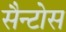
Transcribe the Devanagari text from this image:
सैन्टोस